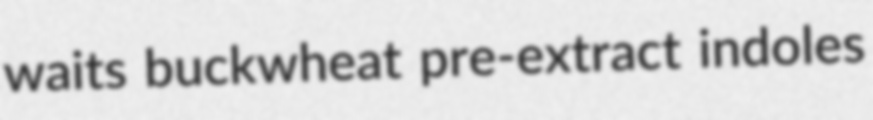
waits buckwheat pre-extract indoles